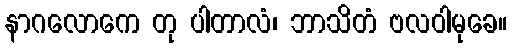
နာဂလောကေ တု ပါတာလံ၊ ဘာသိတံ ဗလဝါမုခေ။